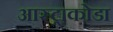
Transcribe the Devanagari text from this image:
आस्ट्राकोडा